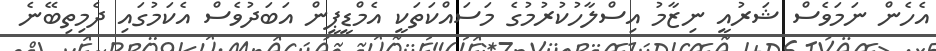
އެހެން ނަމަވެސް ޝަރުއީ ނިޒާމު އިސްލާހުކުރުމުގެ މަސައްކަތަކީ އެމްޑީޕީން އަބަދުވެސް އެކަމުގައި ދެމިތިބޭނެ